Leaving Certificate, 1896
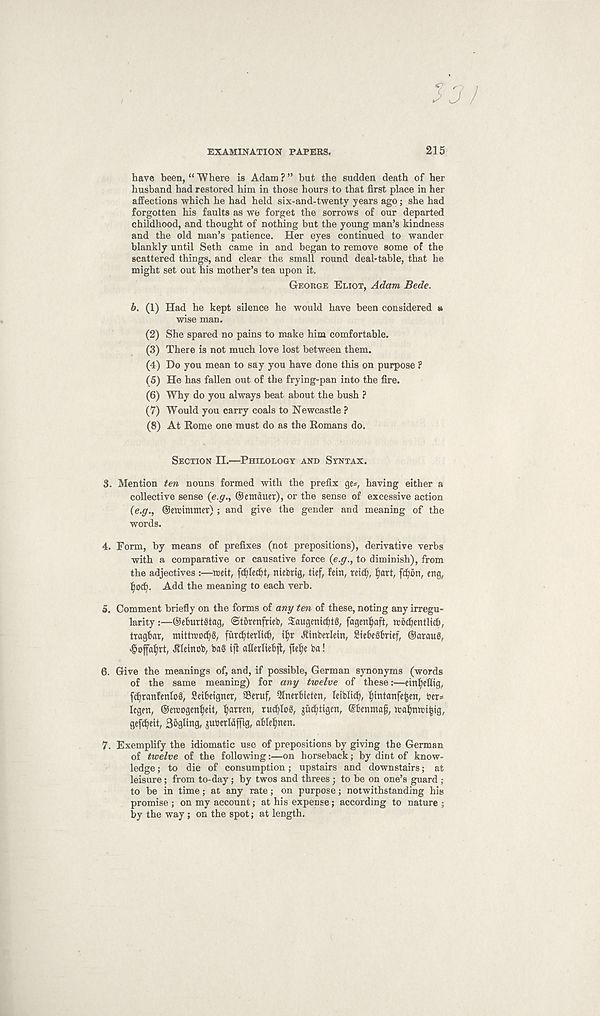
EXAMINATION PAPERS.
215
have been, “ Where is Adam ? ” but the sudden death of her
husband had restored him in those hours to that first place in her
affections which he had held six-and-twenty years ago; she had
forgotten his faults as we forget the sorrows of our departed
childhood, and thought of nothing but the young man’s kindness
and the old man’s patience. Her eyes continued to wander
blankly until Seth came in and began to remove some of the
scattered things, and clear the small round deal* table, that he
might set out his mother’s tea upon it.
George Eliot, Adam Bede.
b. (1) Had he kept silence he would have been considered »
wise man.
(2) She spared no pains to make him comfortable.
(3) There is not much love lost between them.
(4) Do you mean to say you have done this on purpose ?
(5) He has fallen out of the frying-pan into the fire.
(6) Why do you always beat about the bush ?
(7) Would you carry coals to Newcastle ?
(8) At Rome one must do as the Romans do.
Section II.—Philology and Syntax.
3. Mention ten nouns formed with the prefix ge=, having either a
collective sense (e.g., ©emduct), or the sense of excessive action
(e.g., ©ettrimmet) ; and give the gender and meaning of the
words.
4. Form, by means of prefixes (not prepositions), derivative verbs
with a comparative or causative force (e.g., to diminish), from
the adjectives :—tteit, fcfyledjt, niebttg, tief, fein, retd;, (iart, fcfyon, eng,
t yocfy. Add the meaning to each verb.
5. Comment briefly on the forms of any ten of these, noting any irregu-
larity :—©etmrtgtag, ©tbrenfrieb, Saugenicfytg, fagenljaft, mbdjentlid),
tragbar, mittmodjS, furdjterlicb, i$r Jtinberlein, SiebeSbrief, ©arauS,
dpoffaljtt, Jtleinob, ba§ ift atlerliebjl, fielje ba!
6. Give the meanings of, and, if possible, German synonyms (words
of the same meaning) for any twelve of these:—etnf)efltg,
fdjtanfenlog, Seibeigner, Setuf, 5lnerbieten, letbltd), fjintanfe^en, ter*
legen, ©ercogenljett, fatten, rucbloS, jud^tigcn, ©bentnaf, wa^ntrt^tg,
gefc^eit, Bbgltng, jubcrldffig, able^nen.
7. Exemplify the idiomatic use of prepositions by giving the German
of twelve of the following:—on horseback; by dint of know-
ledge ; to die of consumption; upstairs and downstairs; at
leisure; from to-day; by twos and threes; to be on one’s guard ;
to be in time; at any rate; on purpose; notwithstanding his
promise ; on my account; at his expense; according to nature ;
by the way; on the spot; at length.